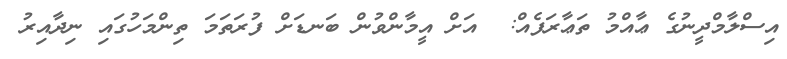
އިސްލާމްދީނުގެ ޢާއްމު ތަޢާރަފެއް:  އަށް އީމާންވުން ބަނޑަށް ފުރަތަމަ ތިންމަހުގައި ނިދާއިރު